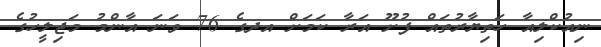
ނިއުކްލިއާ ހަތިޔާރުތައް ފުށޫ އަރާ ކަމަށް އދގެ 76 ވަނަ އާންމު މަޖިލީހުގެ